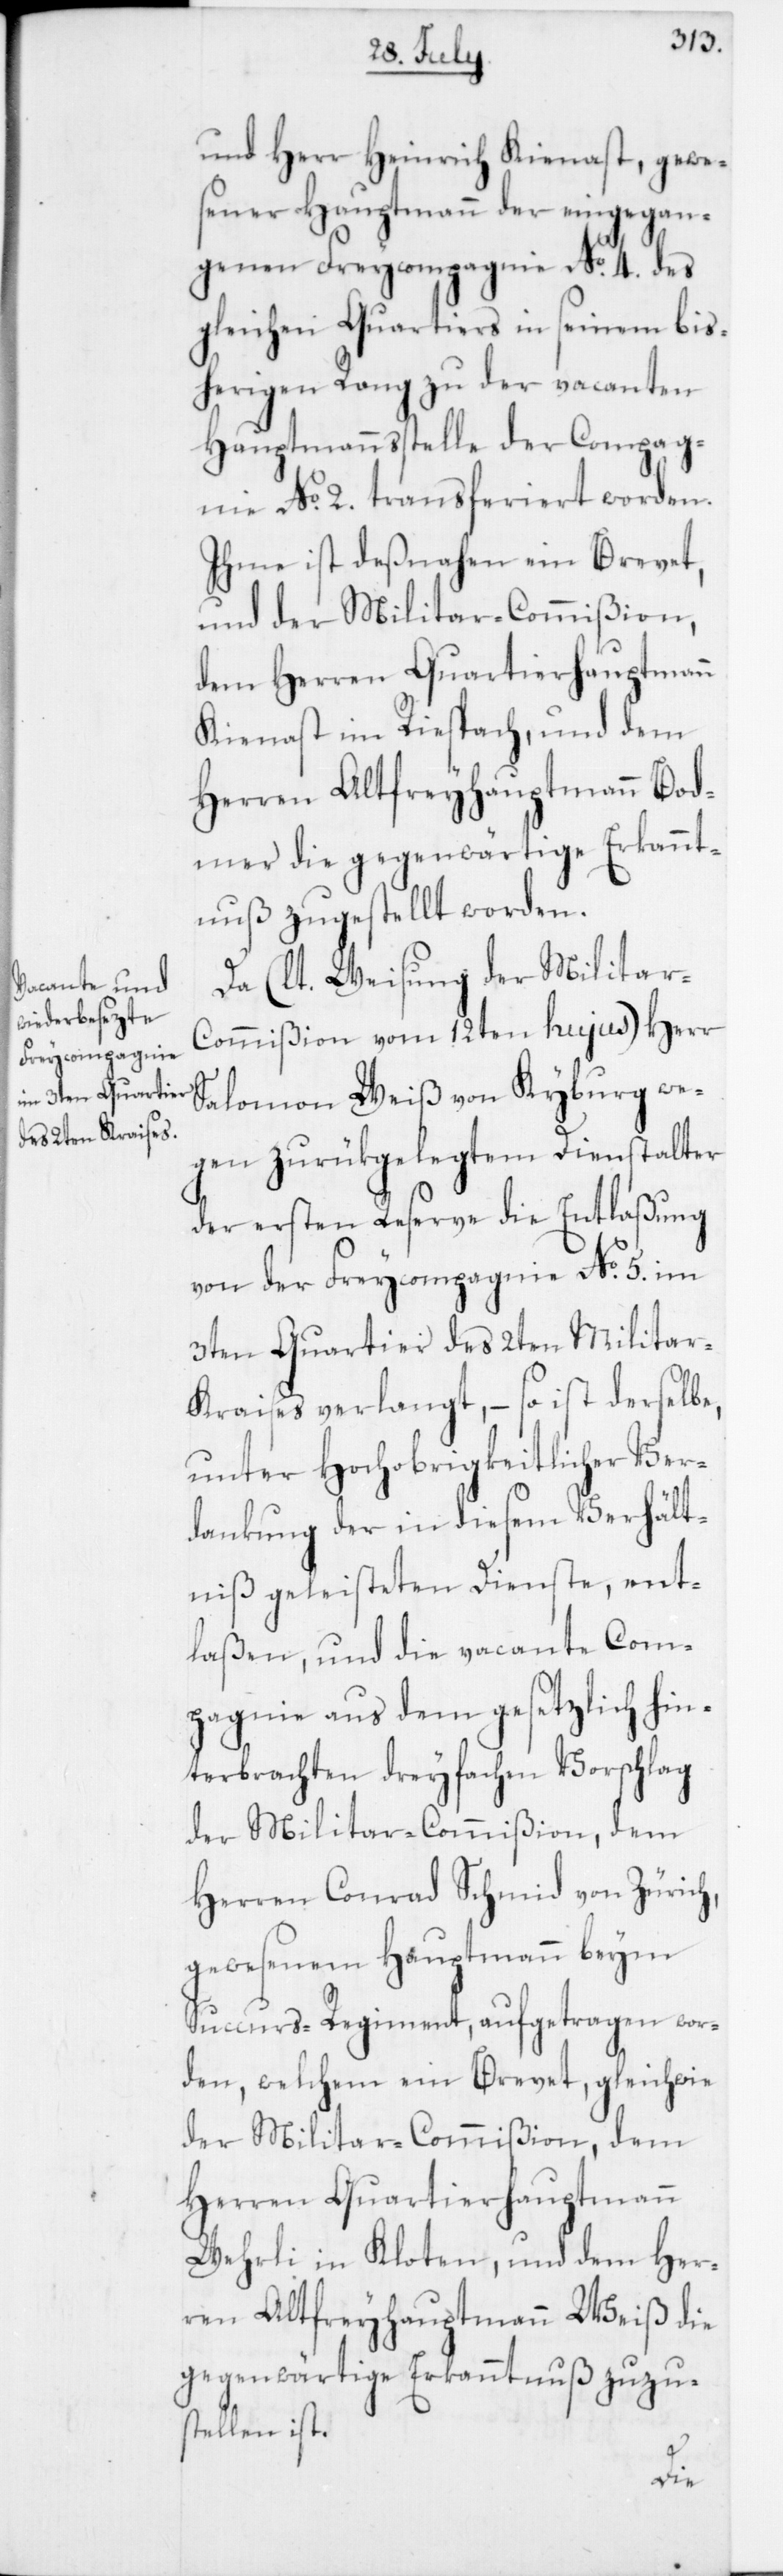
und Herr Heinrich Kienast, gewe¬
sener Hauptmann der eingegan¬
genen Freycompagnie No 4. des
gleichen Quartiers in seinem bis¬
herigen Rang zu der vacanten
Hauptmannsstelle der Compag¬
nie No 2. transferiert worden.
Ihme ist deßnahen ein Brevet,
und der Militar-Commißion,
dem Herren Quartierhauptmann
Kienast im Riespach, und dem
Herren Altfreyhauptmann Bod¬
mer die gegenwärtige Erkannt¬
nuß zugestellt worden.
Da (laut Weisung der Militar-C¬
ommißion vom 12ten hujus) Herr
Salomon Weiß von Kyburg we¬
gen zurükgelegtem Dienstalter
der ersten Reserve die Entlaßung
von der Freycompagnie No 5. im
3ten Quartier des 2ten Militar-K¬
raises verlangt, – so ist derselbe,
unter Hochobrigkeitlicher Ver¬
dankung der in diesem Verhält¬
niß geleisteten Dienste, ent¬
laßen, und die vacante Com¬
pagnie aus dem gesetzlich hin¬
terbrachten dreyfachen Vorschlag
der Militar-Commißion, dem
Herren Conrad Schmid von Zürich,
gewesenem Hauptmann beym
Succurs-Regiment, aufgetragen wor¬
den, welchem ein Brevet, gleichwie
der Militar-Commißion, dem
Herren Quartierhauptmann
Wehrli in Kloten, und dem Her¬
ren Altfreyhauptmann Weiß die
gegenwärtige Erkanntnuß zuzu¬
stellen ist.